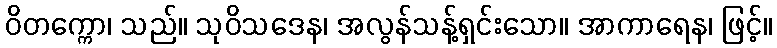
ဝိတက္ကော၊ သည်။ သုဝိသဒေန၊ အလွန်သန့်ရှင်းသော။ အာကာရေန၊ ဖြင့်။